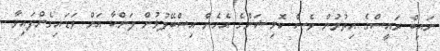
ނައިބް ރައީސްގެ އިތުރުން ވެސް ކޮމިޝަންގެ އެހެން އިސްބޭފުޅުން ލަންކާ އަށް ވަޑައިގެންފައިވާ